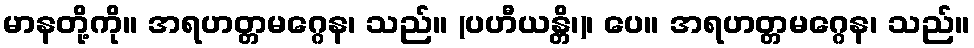
မာနတို့ကို။ အရဟတ္တမဂ္ဂေန၊ သည်။ (ပဟီယန္တိ၊)၊ ပေ။ အရဟတ္တမဂ္ဂေန၊ သည်။